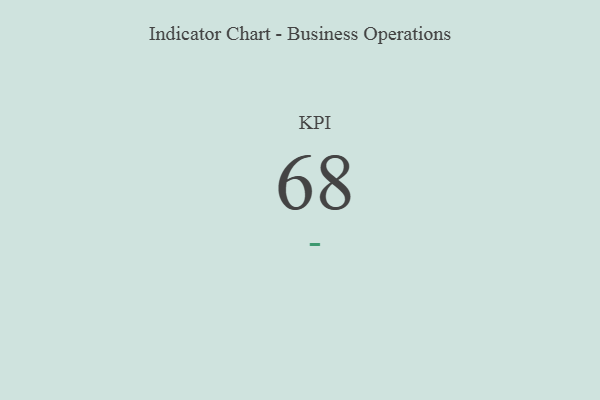
{"axis": {"x": "KPI", "y": "Value"}, "legend": [""], "data": [{"x": "KPI", "y": 68, "type": ""}]}